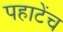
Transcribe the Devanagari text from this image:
पहाटेंच